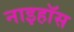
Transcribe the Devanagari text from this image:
नाइहॉस